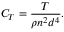
C _ { T } = \frac { T } { \rho n ^ { 2 } d ^ { 4 } } .